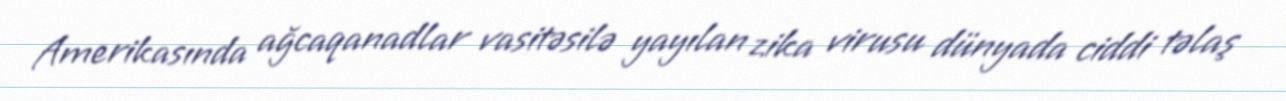
Amerikasında ağcaqanadlar vasitəsilə yayılan zika virusu dünyada ciddi təlaş